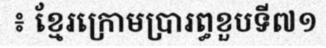
៖ ខ្មែរក្រោមប្រារព្ធខួបទី៧១